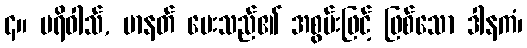
၄။ ပရိဝါသ်, မာနတ် ပေးသည်၏ အစွမ်းဖြင့် ဖြစ်သော ဒါနကံ၊